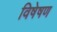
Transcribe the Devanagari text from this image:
विषेषण